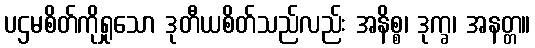
ပဌမစိတ်ကိုရှုသော ဒုတီယစိတ်သည်လည်း အနိစ္စ၊ ဒုက္ခ၊ အနတ္တ။